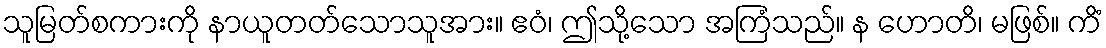
သူမြတ်စကားကို နာယူတတ်သောသူအား။ ဧဝံ၊ ဤသို့သော အကြံသည်။ န ဟောတိ၊ မဖြစ်။ ကိံ